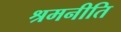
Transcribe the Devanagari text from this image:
श्रमनीति